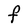
Character: F